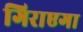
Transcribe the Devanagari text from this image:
गिराएगा